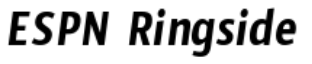
ESPN Ringside